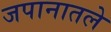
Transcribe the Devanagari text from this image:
जपानातले